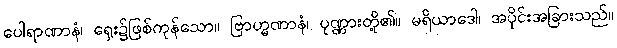
ပေါရာဏာနံ၊ ရှေး၌ဖြစ်ကုန်သော။ ဗြာဟ္မဏာနံ၊ ပုဏ္ဏားတို့၏။ မရိယာဒေါ၊ အပိုင်းအခြားသည်။